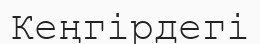
Кеңгірдегі